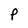
Character: p